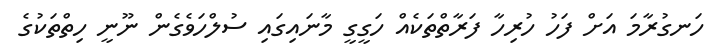
ހަނގުރާމަ އަށް ފަހު ހުރިހާ ފަރާތްތަކެއް ހަގީގީ މާނައިގައި ސުލްހަވެގެން ނޫނީ ހިތްތަކުގެ